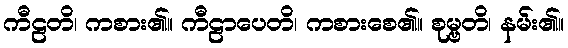
ကီဠတိ၊ ကစား၏။ ကီဠာပေတိ၊ ကစားစေ၏။ စုမ္ဗတိ၊ နမ်း၏။